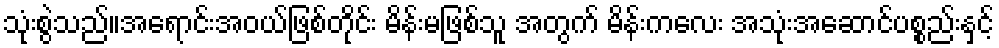
သုံးစွဲသည်။အရောင်းအဝယ်ဖြစ်တိုင်း မိန်းမဖြစ်သူ အတွက် မိန်းကလေး အသုံးအဆောင်ပစ္စည်းနှင့်